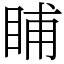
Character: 䀯